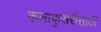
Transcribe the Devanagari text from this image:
कलाकुसरींसाठी